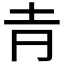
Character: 𡉉